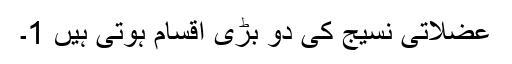
عضلاتی نسیج کی دو بڑی اقسام ہوتی ہیں 1۔